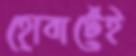
হোবার্টেই